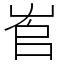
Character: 𡴎